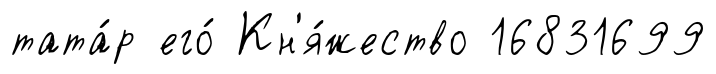
тата́р его́ Кн'я́жество 16831699